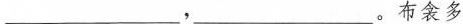
___，___。布衾多